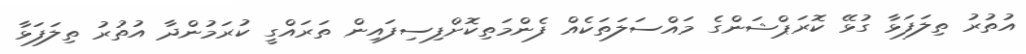
އުތުރު ތިލަފަޅާ ގުޅޭ ކޮރަޕްޝަންގެ މައްސަލަތަކެއް ފެންމަތިކޮށްފިސިފައިން ތަރައްގީ ކުރަމުންދާ އުތުރު ތިލަފަޅާ